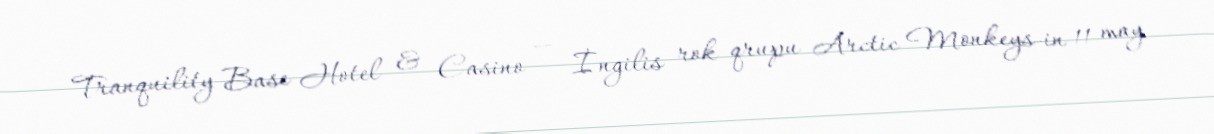
Tranquility Base Hotel & Casino — İngilis rok qrupu Arctic Monkeys-in 11 may